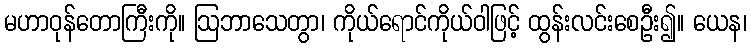
မဟာဝုန်တောကြီးကို။ ဩဘာသေတွာ၊ ကိုယ်ရောင်ကိုယ်ဝါဖြင့် ထွန်းလင်းစေဦး၍။ ယေန၊